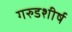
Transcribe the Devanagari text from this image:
गरुडशीर्ष